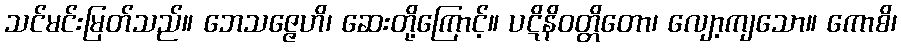
သင်မင်းမြတ်သည်။ ဘေသဇ္ဇေဟိ၊ ဆေးတို့ကြောင့်။ ပဋိနိဝတ္တိတော၊ လျော့ကျသော။ ကောစိ၊